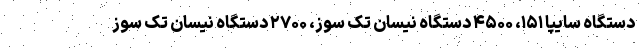
دستگاه سایپا ۱۵۱، ۴۵۰۰ دستگاه نیسان تک سوز، ۲۷۰۰ دستگاه نیسان تک سوز